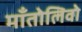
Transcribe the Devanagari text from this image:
माँतोलिवो